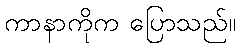
ကာနာကိုက ပြောသည်။